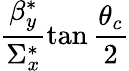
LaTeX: \frac{\beta_{y}^{*}}{\Sigma_{x}^{*}}\tan\frac{\theta_{c}}{2}